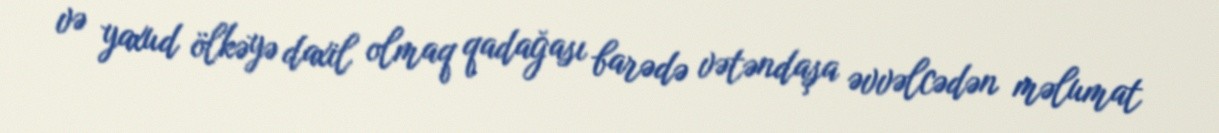
və yaxud ölkəyə daxil olmaq qadağası barədə vətəndaşa əvvəlcədən məlumat